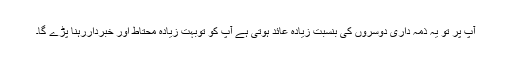
آپ پر تو یہ ذمہ داری دوسروں کی بنسبت زیادہ عائد ہوتی ہے آپ کو توبہت زیادہ محتاط اور خبرداررہنا پڑے گا۔